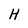
Character: H